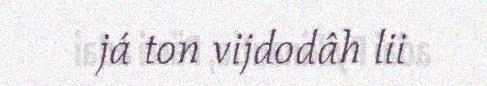
já ton vijdodâh lii